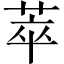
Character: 萃